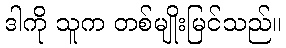
ဒါကို သူက တစ်မျိုးမြင်သည်။